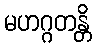
မဟဂ္ဂတန္တိ